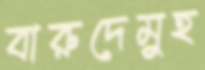
বারুদেমুহ